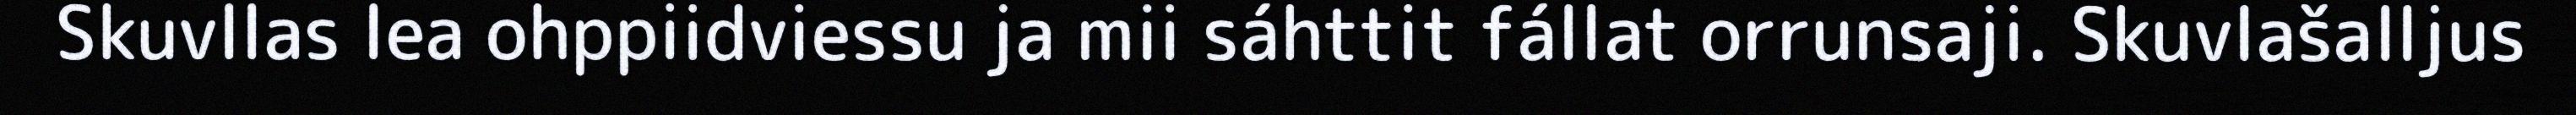
Skuvllas lea ohppiidviessu ja mii sáhttit fállat orrunsaji. Skuvlašalljus